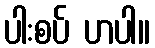
ပါးစပ် ဟပါ။